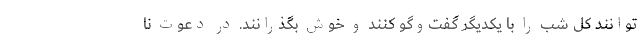
توانند کل شب را با یکدیگر گفت‌وگو کنند و خوش بگذرانند. در دعوت نا